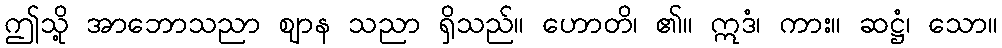
ဤသို့ အာဘောသညာ ဈာန သညာ ရှိသည်။ ဟောတိ၊ ၏။ ဣဒံ၊ ကား။ ဆဋ္ဌံ၊ သော။